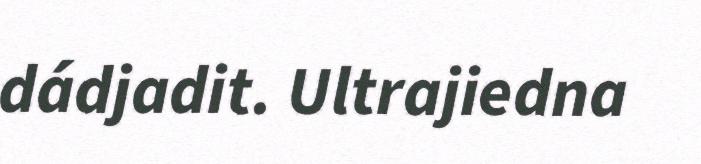
dádjadit. Ultrajiedna